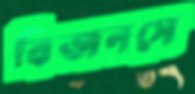
বিজনসে